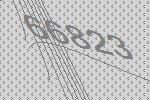
66823